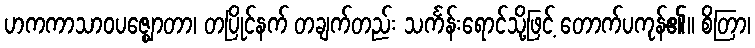
ဟကကာသာဝပဇ္ဈောတာ၊ တပြိုင်နက် တချက်တည်း သင်္ကန်းရောင်သို့ဖြင့် တောက်ပကုန်၏။ စိတြာ၊